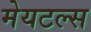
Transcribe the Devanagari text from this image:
मेयटल्स